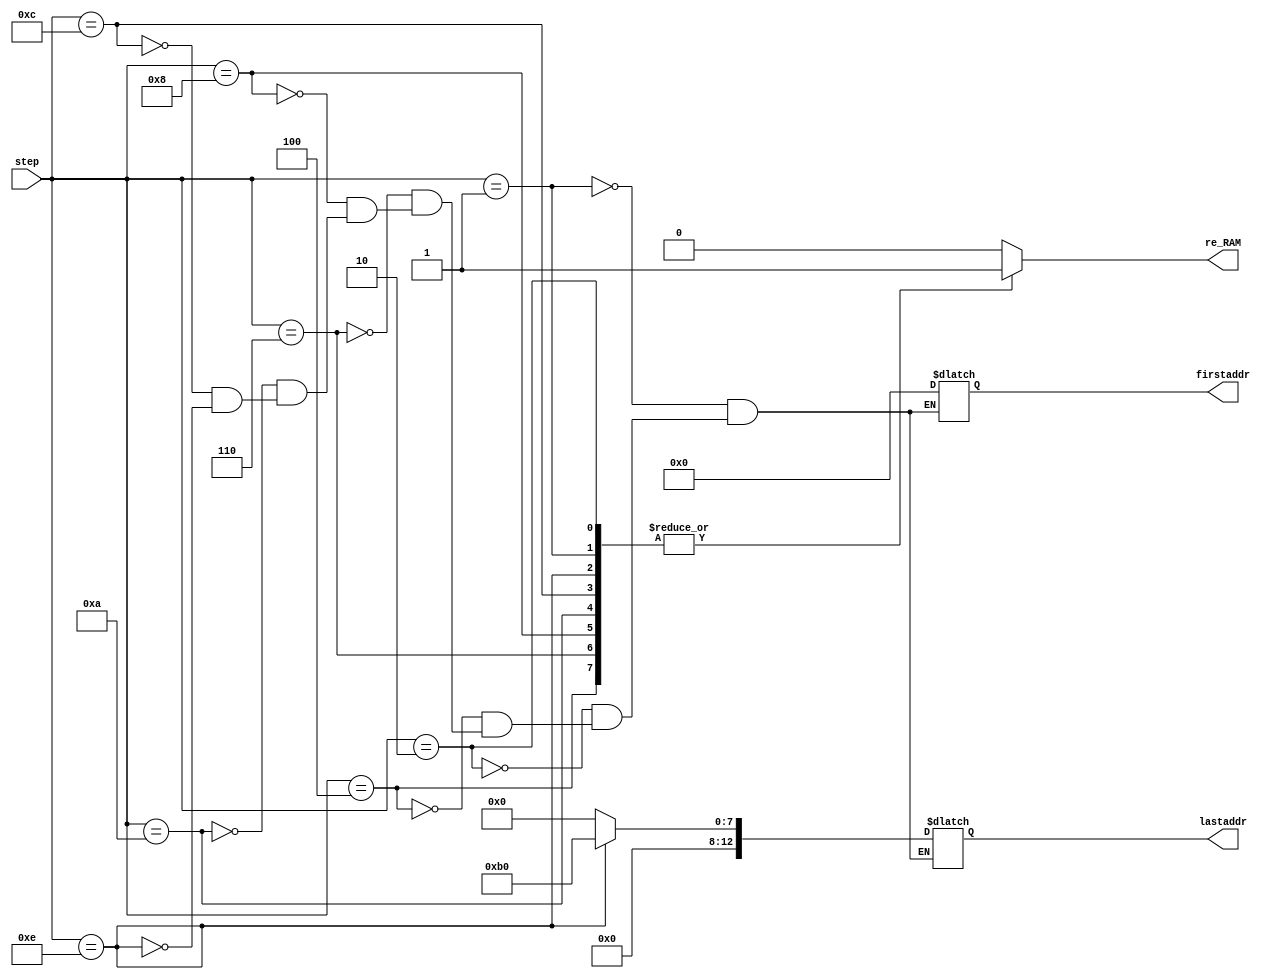
module addressRAM(
	input [4:0] step,
	output reg re_RAM, // read from RAM enable
	output reg [12:0] firstaddr, lastaddr
);
parameter picture_size = 0; // kch thc nh 28
parameter convolution_size = 0; // kch thc kernel 3x3

parameter picture_storage_limit = picture_size*picture_size;
parameter convweight = picture_storage_limit + (1*4 + 4*4 + 4*8 + 8*8) * convolution_size;  // all convolution weights [784:1828]

parameter conv1 = picture_storage_limit + 1*4 * convolution_size;
parameter conv2 = picture_storage_limit + (1*4 + 4*4) * convolution_size;
parameter conv3 = picture_storage_limit + (1*4 + 4*4 + 4*8) * convolution_size;
parameter conv4 = picture_storage_limit + (1*4 + 4*4 + 4*8 + 8*8) * convolution_size;
parameter conv5 = picture_storage_limit + (1*4 + 4*4 + 4*8 + 8*8 + 8*16) * convolution_size;
parameter conv6 = picture_storage_limit + (1*4 + 4*4 + 4*8 + 8*8 + 8*16 + 16*16) * convolution_size;

parameter dense = conv6+176;

always @(step) //step l cc layer state
case (step)
1'd1: begin       //picture
		firstaddr = 0;
		lastaddr = picture_storage_limit;
		re_RAM = 1;
	  end 
2'd2: begin       //weights conv1 
		firstaddr = picture_storage_limit;
		lastaddr = conv1;
		re_RAM = 1;
	  end
3'd4: begin			//weights conv2
		firstaddr = conv1;
    lastaddr = conv2;
		re_RAM = 1;
      end		
3'd6: begin			//weights conv3
		firstaddr = conv2;
		lastaddr = conv3;
		re_RAM = 1;
	  end
4'd8: begin			//weights conv4
		firstaddr = conv3;
		lastaddr = conv4;
		re_RAM = 1;
		end
4'd10: begin		//weights conv5
		firstaddr = conv4;
		lastaddr = conv5;
		re_RAM = 1;
	  end
4'd12: begin		//weights conv6
		firstaddr = conv5;
		lastaddr = conv6;
		re_RAM = 1;
	  end
4'd14: begin		//weights desen
		firstaddr = conv6;
		lastaddr =  dense;
		re_RAM = 1;
	  end
default:
			begin
				re_RAM = 0;
			end
endcase
endmodule